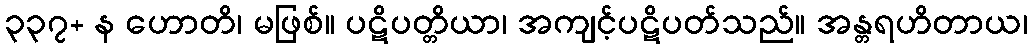
၃၃၇+ န ဟောတိ၊ မဖြစ်။ ပဋိပတ္တိယာ၊ အကျင့်ပဋိပတ်သည်။ အန္တရဟိတာယ၊